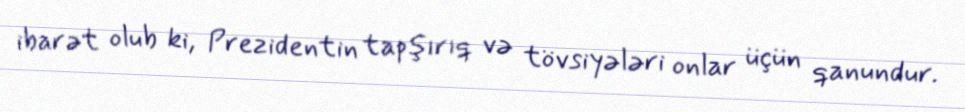
ibarət olub ki, Prezidentin tapşırıq və tövsiyələri onlar üçün qanundur.